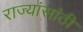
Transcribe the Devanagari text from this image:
राज्यांसांठी